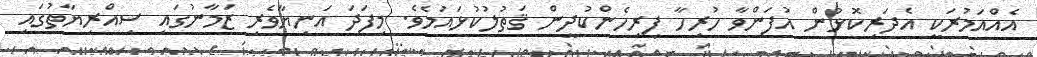
އެއްއަމުރަކީ އެދަރިކޮޅުން އުފަންވާ ހުރިހާ ފިރިހެންކުދީން ޤަތުލުކުޅައުމެވެ. މިފަދަ އަނިޔާވެރި ޒަމާނުގައި ސިއްރިޔާތުގައި